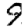
Digit: 9